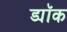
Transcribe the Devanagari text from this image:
ड्यॉक